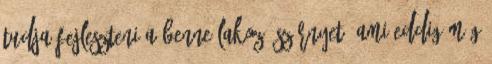
tudja fejleszteni a benne lakozó szörnyet, ami eddig még